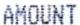
AMOUNT